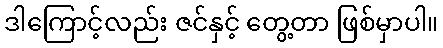
ဒါကြောင့်လည်း ဇင်နှင့် တွေ့တာ ဖြစ်မှာပါ။